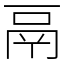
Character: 鬲